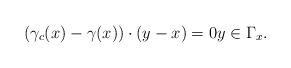
LaTeX: \begin{align*}(\gamma_c(x) - \gamma(x)) \cdot (y-x) = 0 y \in \Gamma_x.\end{align*}